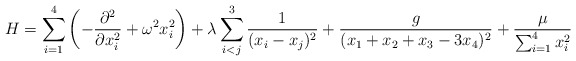
\begin{align*}H=\sum_{i=1}^{4}\left( -\frac{\partial ^{2}}{\partial x_{i}^{2}}+\omega ^{2}x_{i}^{2}\right) +\lambda \sum_{i<j}^3 \frac{1}{(x_{i}-x_{j})^{2}}+\frac{g}{(x_1+x_2+x_3- 3 x_4)^2} +\frac{\mu }{\sum_{i=1}^{4}x_{i}^{2}}\end{align*}